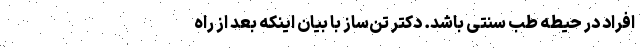
افراد در حیطه طب سنتی باشد. دکتر تن‌ساز با بیان اینکه بعد از راه‌